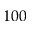
1 0 0